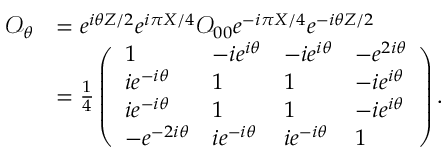
\begin{array} { r l } { \mathcal { O } _ { \theta } } & { = e ^ { i \theta Z / 2 } e ^ { i \pi X / 4 } \mathcal { O } _ { 0 0 } e ^ { - i \pi X / 4 } e ^ { - i \theta Z / 2 } } \\ & { = \frac { 1 } { 4 } \left( \begin{array} { l l l l } { 1 } & { - i e ^ { i \theta } } & { - i e ^ { i \theta } } & { - e ^ { 2 i \theta } } \\ { i e ^ { - i \theta } } & { 1 } & { 1 } & { - i e ^ { i \theta } } \\ { i e ^ { - i \theta } } & { 1 } & { 1 } & { - i e ^ { i \theta } } \\ { - e ^ { - 2 i \theta } } & { i e ^ { - i \theta } } & { i e ^ { - i \theta } } & { 1 } \end{array} \right) . } \end{array}